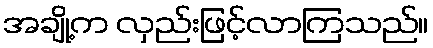
အချို့က လှည်းဖြင့်လာကြသည်။